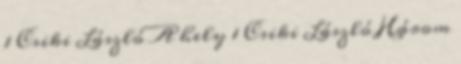
1 Csiki László A hely 1 Csiki László Három